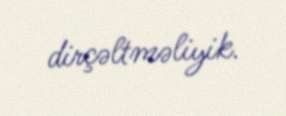
dirçəltməliyik.